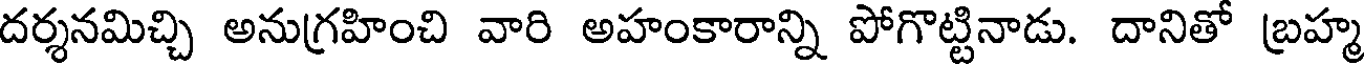
దర్శనమిచ్చి అనుగ్రహించి వారి అహంకారాన్ని పోగొట్టినాడు. దానితో బ్రహ్మ